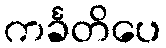
ကင်္ခတိပေ